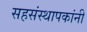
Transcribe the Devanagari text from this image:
सहसंस्थापकांनी